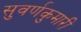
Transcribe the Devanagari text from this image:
सुवर्णकुमारी